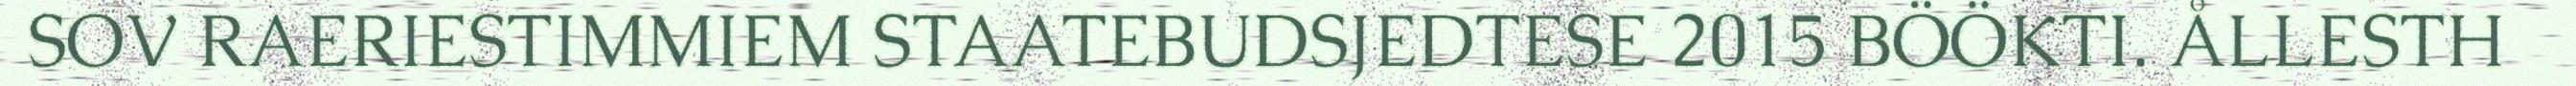
SOV RAERIESTIMMIEM STAATEBUDSJEDTESE 2015 BÖÖKTI. ÅLLESTH